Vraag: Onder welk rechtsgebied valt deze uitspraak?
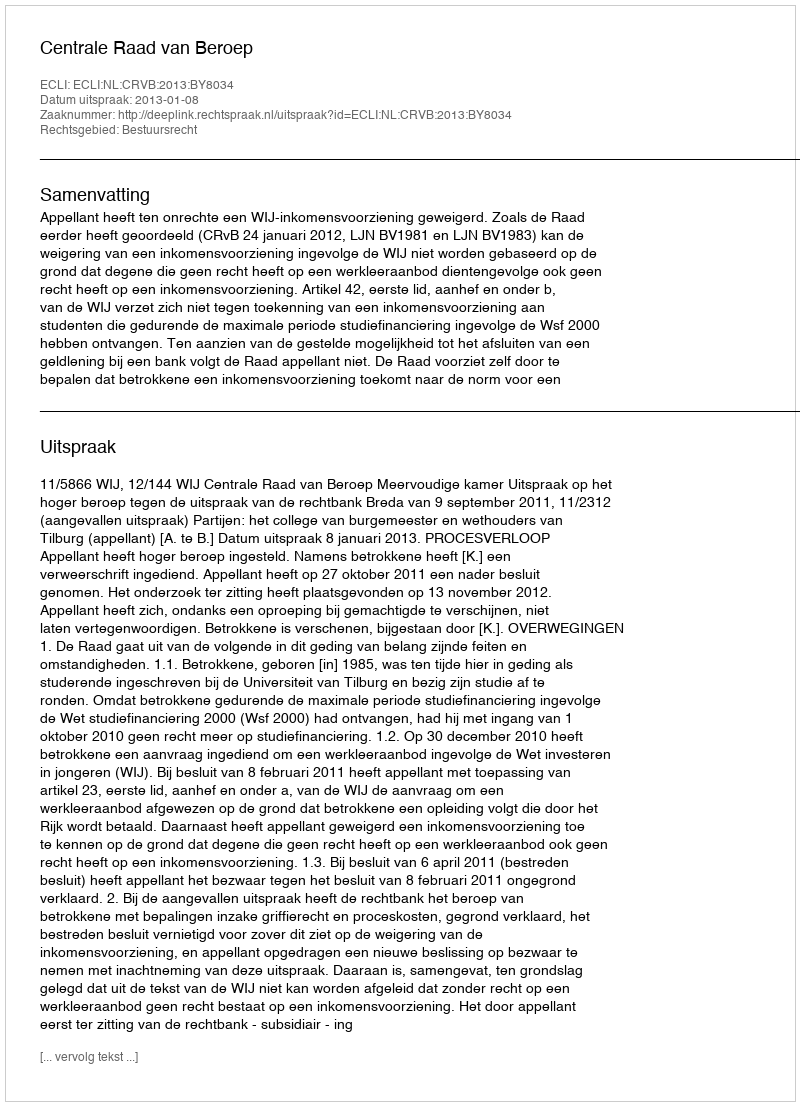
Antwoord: Bestuursrecht